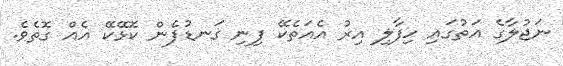
ނަޖުލާގެ އަތުގައި ހިފާލި އިރު އެއަތެކޭ ފިނި ގަނޑުފެން ކޮޅޭކޭ އެއް ގޮތެވެ.